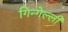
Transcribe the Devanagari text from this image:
गिन्गेल्ली